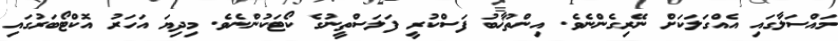
މައްސަލާގައި އެއްގަލަކަށް ނޭރިގެންނެވެ. އިންތުޚާބު ފަސްކުރީ ފަލަސްތީނުގެ ކޯޓަކުންނެވެ. މިދިޔަ އަހަރު އޮކްޓޯބަރުގައި